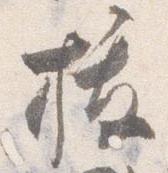
抜